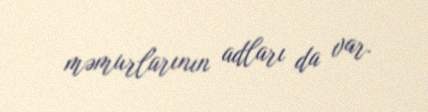
məmurlarının adları da var.